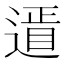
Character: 䢥